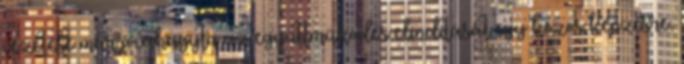
vezetése már jóváhagyta az együttműködés elindítását egy közös képzésre,